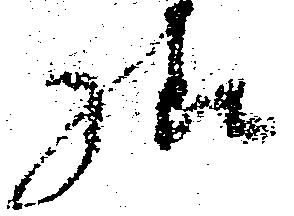
様